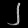
Digit: ၂